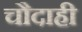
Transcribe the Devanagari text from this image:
चौदाही